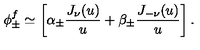
\phi _ { \pm } ^ { f } \simeq \left[ \alpha _ { \pm } { \frac { J _ { \nu } ( u ) } { u } } + \beta _ { \pm } { \frac { J _ { - \nu } ( u ) } { u } } \right] .